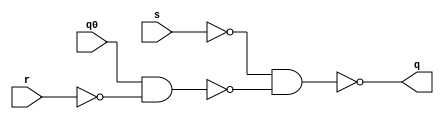
//   RS- 
//   -   q0

module rs_latch_nand_wis(
    input r, s,
    input q0,
    output reg q);

always @*
    q = ~(~s & ~(q0 & ~r));

endmodule